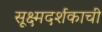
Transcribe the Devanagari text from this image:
सूक्ष्मदर्शकाची